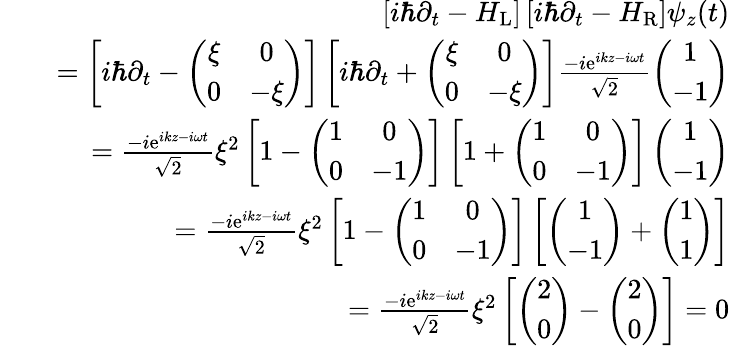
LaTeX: \begin{array}{rlr}&{}&{\left[i\hbar\partial_{t}-H_{\mathrm{L}}\right]\left[i\hbar\partial_{t}-H_{\mathrm{R}}\right]\psi_{z}(t)}\\ &{}&{=\left[i\hbar\partial_{t}-\left(\begin{array}{cc}{\xi}&{0}\\ {0}&{-\xi}\end{array}\right)\right]\left[i\hbar\partial_{t}+\left(\begin{array}{cc}{\xi}&{0}\\ {0}&{-\xi}\end{array}\right)\right]\frac{-i\mathrm{e}^{ikz-i\omega t}}{\sqrt{2}}\left(\begin{array}{c}{1}\\ {-1}\end{array}\right)}\\ &{}&{=\frac{-i\mathrm{e}^{ikz-i\omega t}}{\sqrt{2}}\xi^{2}\left[1-\left(\begin{array}{cc}{1}&{0}\\ {0}&{-1}\end{array}\right)\right]\left[1+\left(\begin{array}{cc}{1}&{0}\\ {0}&{-1}\end{array}\right)\right]\left(\begin{array}{c}{1}\\ {-1}\end{array}\right)}\\ &{}&{=\frac{-i\mathrm{e}^{ikz-i\omega t}}{\sqrt{2}}\xi^{2}\left[1-\left(\begin{array}{cc}{1}&{0}\\ {0}&{-1}\end{array}\right)\right]\left[\left(\begin{array}{c}{1}\\ {-1}\end{array}\right)+\left(\begin{array}{c}{1}\\ {1}\end{array}\right)\right]}\\ &{}&{=\frac{-i\mathrm{e}^{ikz-i\omega t}}{\sqrt{2}}\xi^{2}\left[\left(\begin{array}{c}{2}\\ {0}\end{array}\right)-\left(\begin{array}{c}{2}\\ {0}\end{array}\right)\right]=0}\end{array}